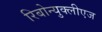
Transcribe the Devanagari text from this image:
रिबोन्युक्लीएज